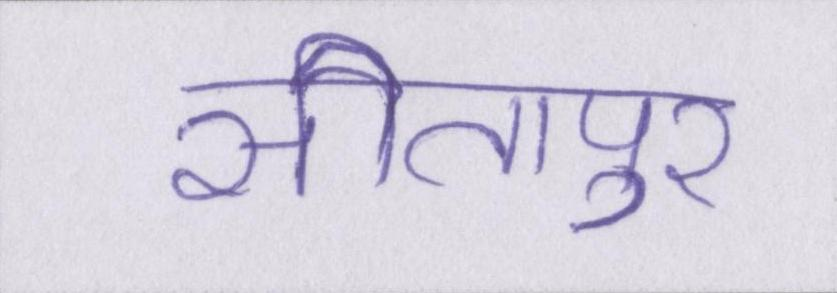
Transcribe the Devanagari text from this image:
सीतापुर